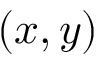
\left( { x , y } \right)